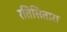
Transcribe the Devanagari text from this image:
रतिसितारा